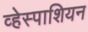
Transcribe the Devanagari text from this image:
व्हेस्पाशियन